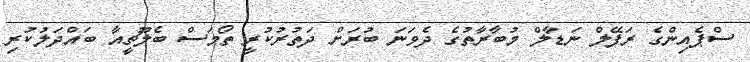
ސްޕެއިންގެ ރަފޭލް ނަޑާލް މުބާރާތުގެ ދެވަނަ ބުރަށް ދަތުރުކުރީ ތޯމަސް ބެލޫޗީއާ ބައްދަލުކުރި